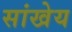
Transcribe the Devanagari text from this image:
सांखेय